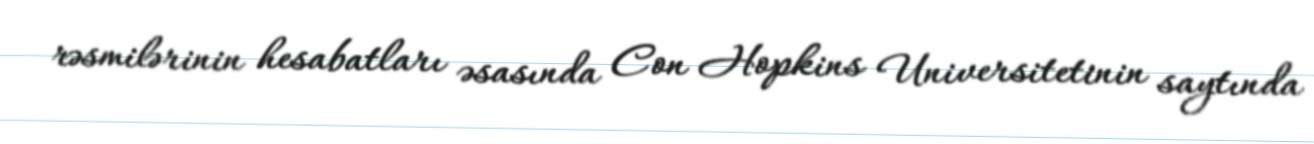
rəsmilərinin hesabatları əsasında Con Hopkins Universitetinin saytında